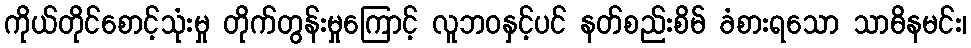
ကိုယ်တိုင်စောင့်သုံးမှု တိုက်တွန်းမှုကြောင့် လူဘဝနှင့်ပင် နတ်စည်းစိမ် ခံစားရသော သာဓိနမင်း၊